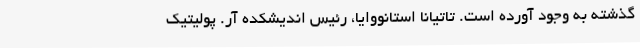
گذشته به وجود آورده است. تاتیانا استانووایا، رئیس اندیشکده آر. پولیتیک